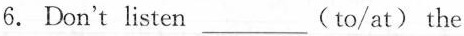
6. Don't listen ___ (to/at) the